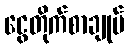
ငွေတိုက်စာချုပ်